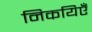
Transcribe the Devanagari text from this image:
निकयिएँ